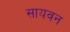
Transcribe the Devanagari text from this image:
सायवन